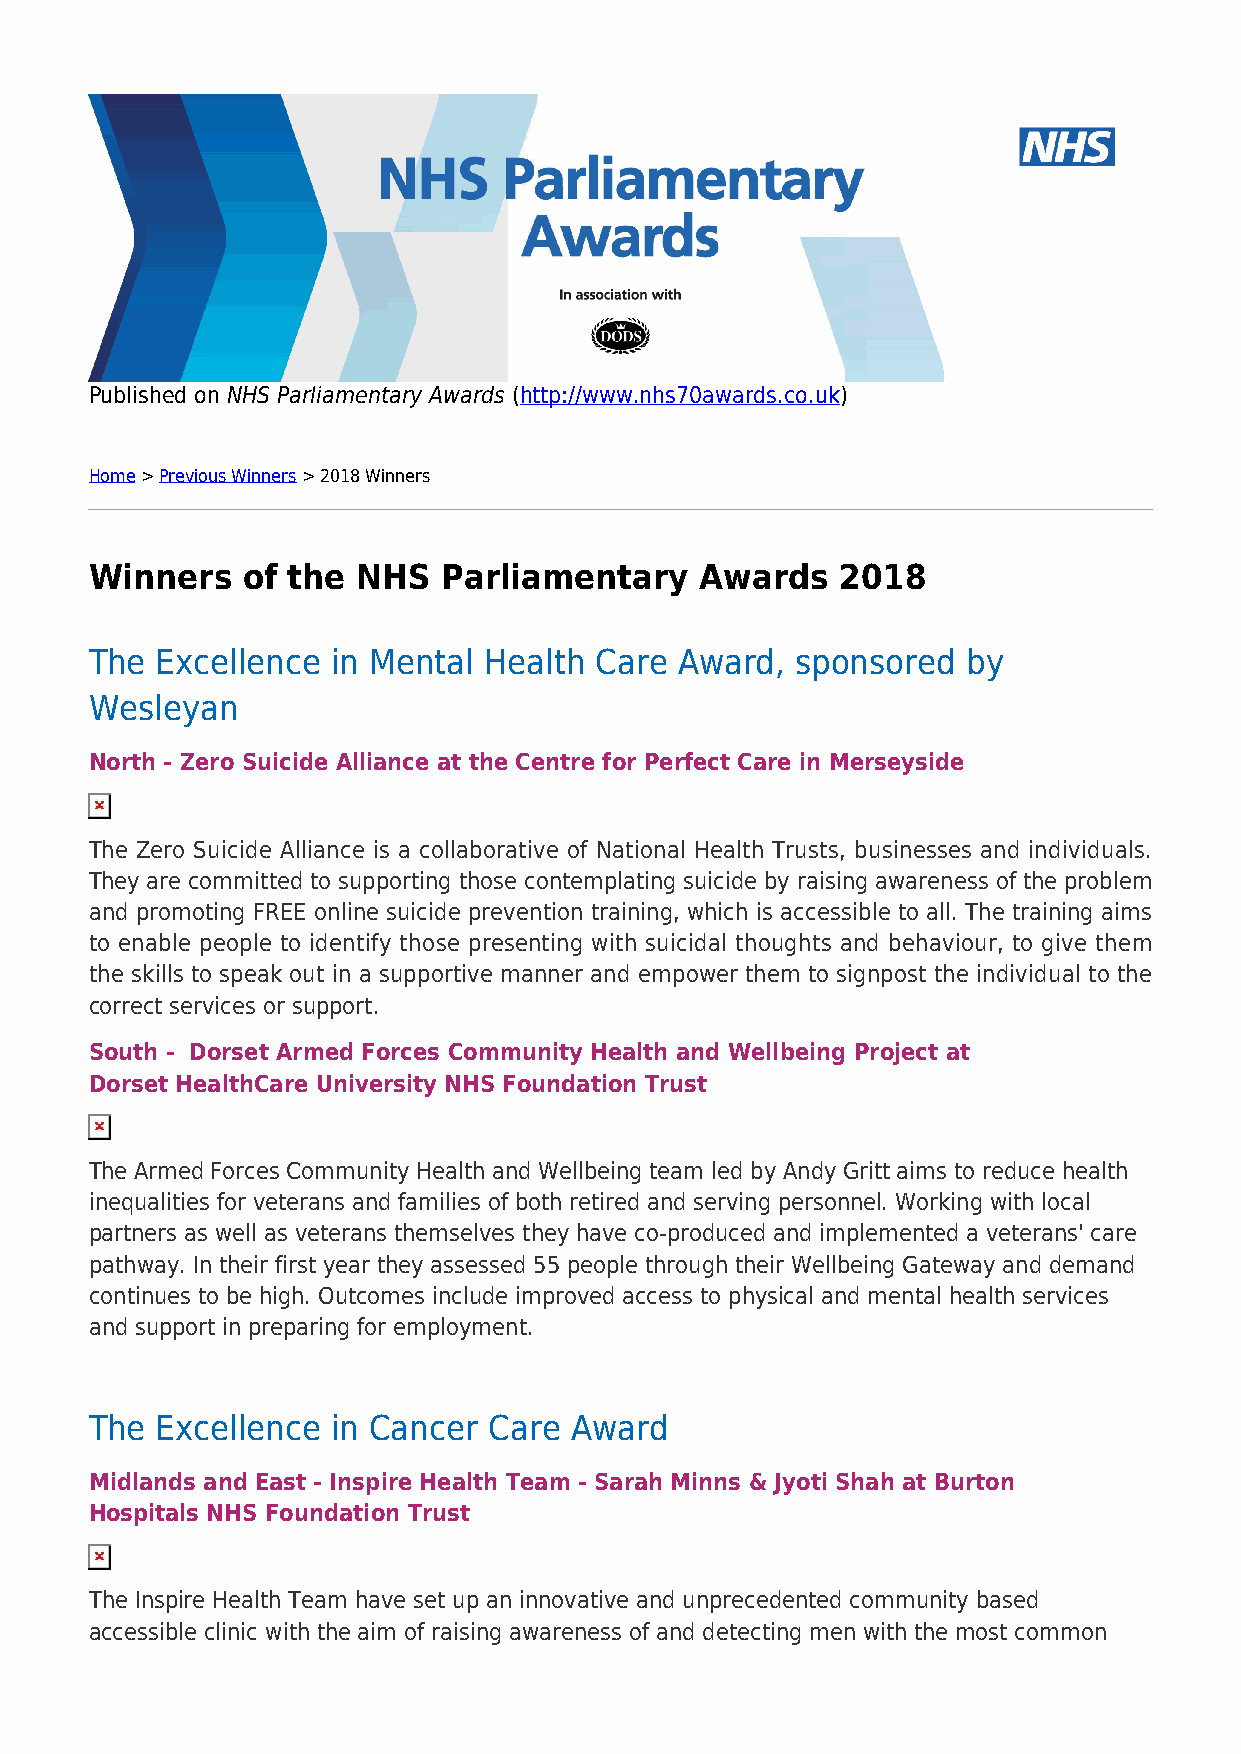
Published on NHS Parliamentary Awards (http://www.nhs70awards.co.uk)
 Home > Previous Winners > 2018 Winners
 Winners   of the  NHS  Parliamentary    Awards    2018
 The Excellence  in Mental Health Care  Award,  sponsored  by
 Wesleyan
 North - Zero Suicide Alliance at the Centre for Perfect Care in Merseyside
 The Zero Suicide Alliance is a collaborative of National Health Trusts, businesses and individuals.
 They are committed to supporting those contemplating suicide by raising awareness of the problem
 and promoting FREE online suicide prevention training, which is accessible to all. The training aims
 to enable people to identify those presenting with suicidal thoughts and behaviour, to give them
 the skills to speak out in a supportive manner and empower them to signpost the individual to the
 correct services or support.
 South - Dorset Armed Forces Community Health and Wellbeing Project at
 Dorset HealthCare University NHS Foundation Trust
 The Armed Forces Community Health and Wellbeing team led by Andy Gritt aims to reduce health
 inequalities for veterans and families of both retired and serving personnel. Working with local
 partners as well as veterans themselves they have co-produced and implemented a veterans' care
 pathway. In their first year they assessed 55 people through their Wellbeing Gateway and demand
 continues to be high. Outcomes include improved access to physical and mental health services
 and support in preparing for employment.
 The Excellence  in Cancer Care  Award
 Midlands and East - Inspire Health Team - Sarah Minns & Jyoti Shah at Burton
 Hospitals NHS Foundation Trust
 The Inspire Health Team have set up an innovative and unprecedented community based
 accessible clinic with the aim of raising awareness of and detecting men with the most common